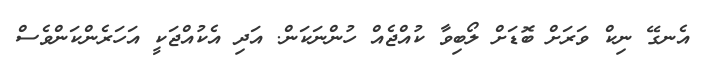
އެނގޭ ނިކް ވަރަށް ބޮޑަށް ލޯބިވާ ކުއްޖެއް ހުންނަކަން. އަދި އެކުއްޖަކީ އަހަރެންކަންވެސް